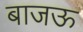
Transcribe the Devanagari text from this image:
बाजऊ